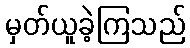
မှတ်ယူခဲ့ကြသည်